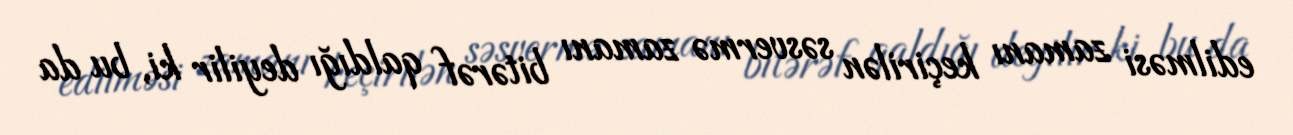
edilməsi zamanı keçirilən səsvermə zamanı bitərəf qaldığı deyilir ki, bu da